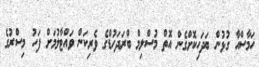
ހަމާސްއާ ގުޅުން ބަދަހިކޮށްގެން އޮތް މުސްލިމް ބްރަދަހުޑްގެ ވެރިކަން ވައްޓާލުމަށް ފަހު މިސްރުގެ